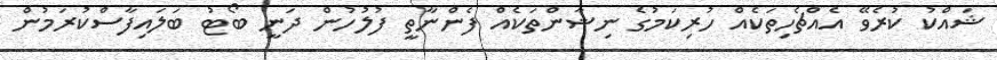
ޝައްކު ކުރެވޭ އެއްޗެހިތަކެއް ހުރިކަމުގެ ނިޝާންތަކެއް ފެންނާތީ ފުލުހުން ދަނީ ބޯޓު ބަލައިފާސްކުރަމުން